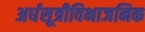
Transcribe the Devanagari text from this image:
अर्धसूत्रीविभाजनिक